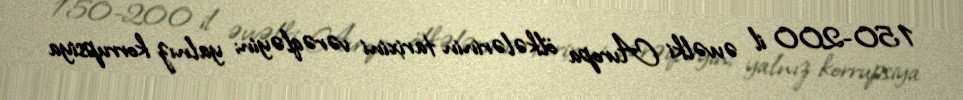
150-200 il əvvəlki Avropa ölkələrinin tarixini vərəqləyin; yalnız korrupsiya